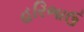
હરિભાઉ